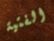
الفتية